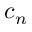
c _ { n }